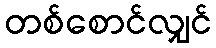
တစ်စောင်လျှင်